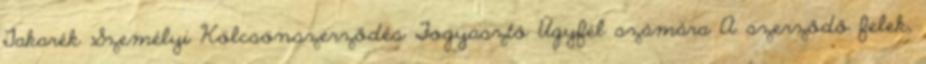
Takarék Személyi Kölcsönszerződés Fogyasztó Ügyfél számára A szerződő felek,